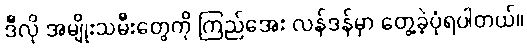
ဒီလို အမျိုးသမီးတွေကို ကြည်အေး လန်ဒန်မှာ တွေ့ခဲ့ပုံရပါတယ်။